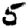
Digit: 5